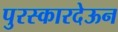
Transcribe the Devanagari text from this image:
पुरस्कारदेऊन